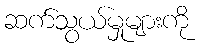
ဆက်သွယ်မှုများကို